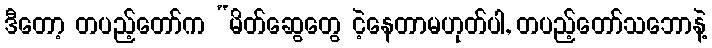
ဒီတော့ တပည့်တော်က “မိတ်ဆွေတွေ ငဲ့နေတာမဟုတ်ပါ, တပည့်တော်သဘောနဲ့